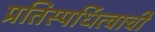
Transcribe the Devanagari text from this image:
प्रतिस्पर्धित्वाची